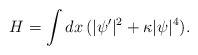
\begin{align*}H = \int dx\, (|\psi'|^2 + \kappa |\psi|^4). \end{align*}